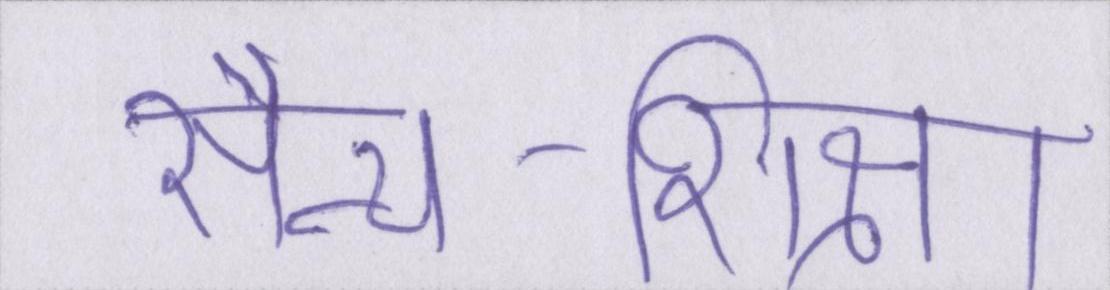
सैन्य-शिक्षा